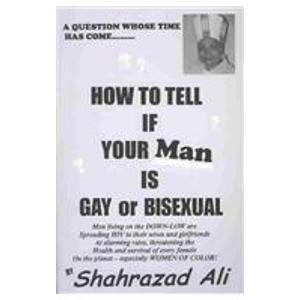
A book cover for How to Tell If Your Man Is Gay or Bisexual; Shahrazad Ali; Gay & Lesbian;